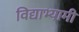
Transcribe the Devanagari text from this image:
विद्याभ्यामी